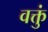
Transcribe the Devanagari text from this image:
वक्तुं